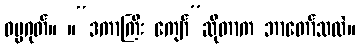
ဓမ္မဂုတ်။ ။“ဒကာကြီး ကျော်”ဆိုတာက ဘာတော်သလဲ။